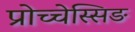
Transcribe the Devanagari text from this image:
प्रोच्चेस्सिङ